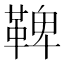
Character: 鞞